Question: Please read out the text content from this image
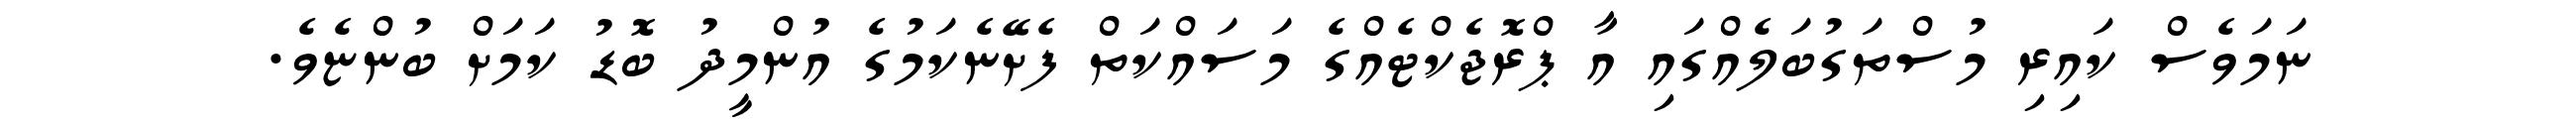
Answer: ނަމަވެސް ކައިރި މުސްތަގުބަލެއްގައި އާ ޕްރޮޖެކްޓެއްގެ މަސައްކަތް ފެށޭނެކަމުގެ އުންމީދު ބޮޑު ކަމަށް ބުންޏެވެ.